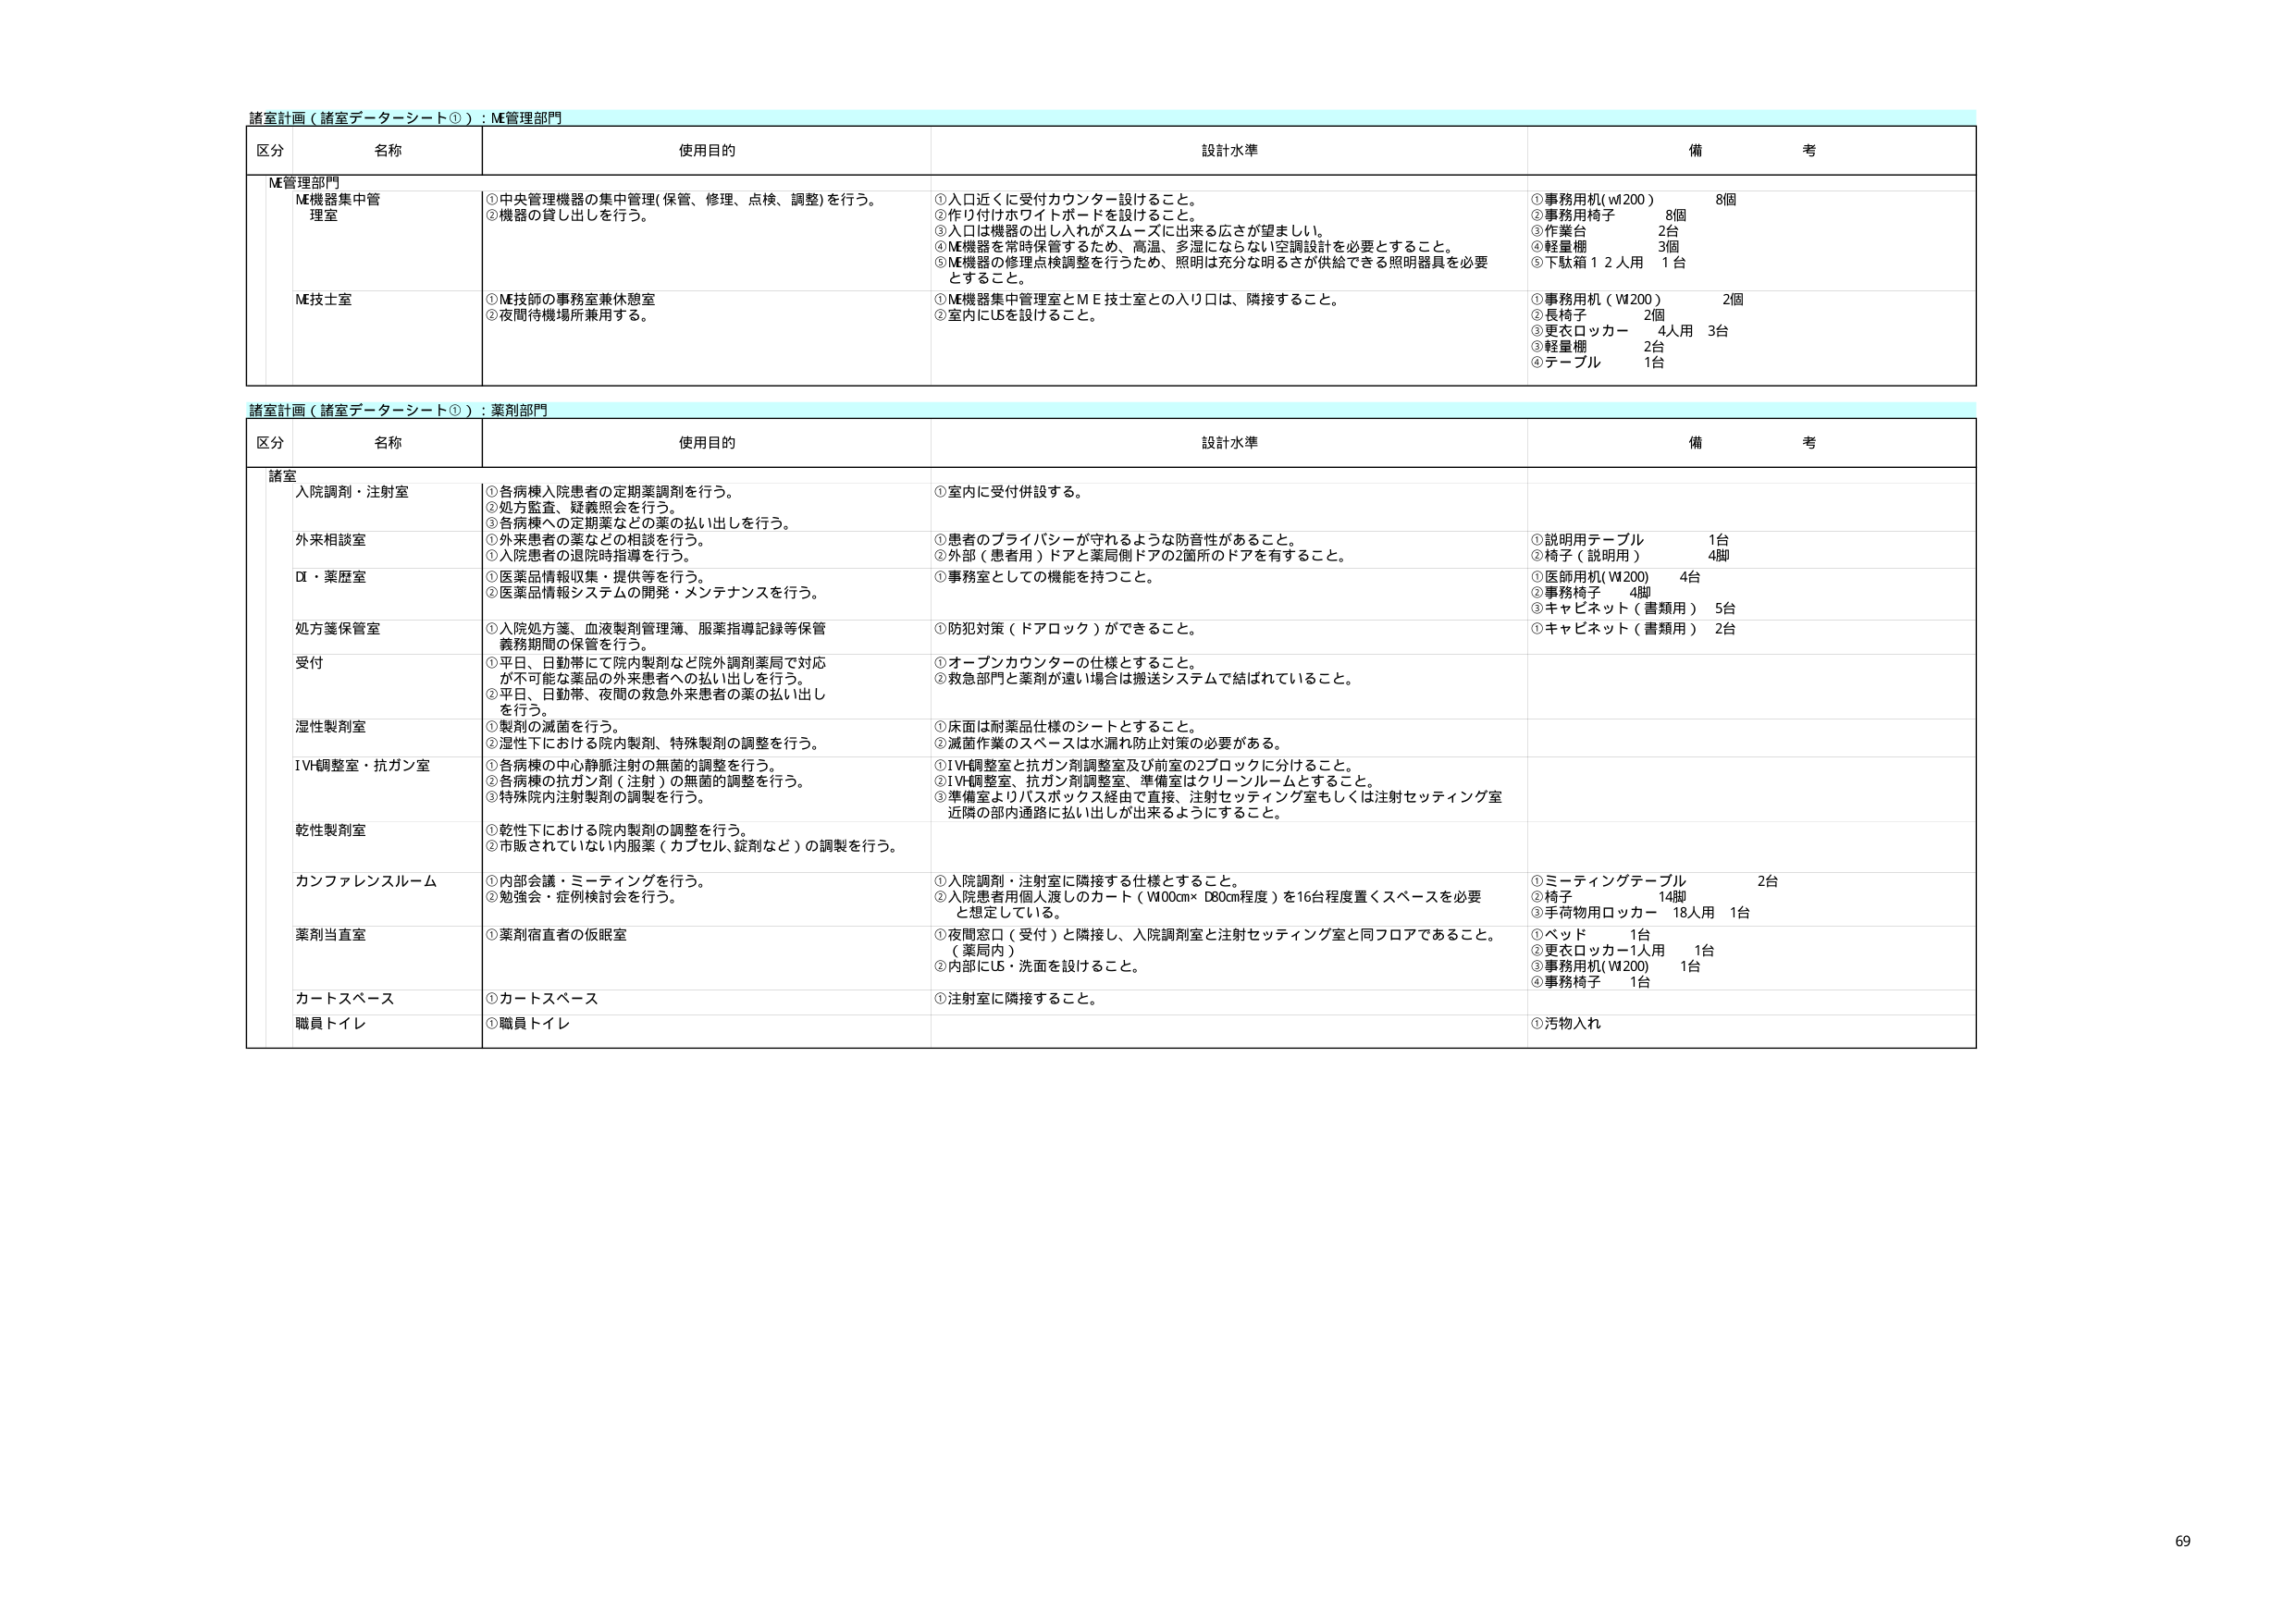
諸室計画（諸室データシート①）：ME管理部門
区分 名称 使用目的 設計水準 備考
ME管理部門
ME機器集中管理室 ①中央管理機器の集中管理（保管、修理、点検、調整）を行う。
②機器の貸し出しを行う。 ①入口近くに受付カウンター設けること。
②作り付けホワイトボードを設けること。
③入口は機器の出し入れがスムーズに出来る広さが望ましい。
④ME機器を常時保管するため、高温、多湿にならない空調設計を必要とすること。
⑤ME機器の修理点検調整を行うため、照明は充分な明るさが供給できる照明器具を必要とすること。 ①事務用机（W200） 8個
②事務用椅子 8個
③作業台 2台
④軽量棚 3個
⑤下駄箱12人用 1台
ME技士室 ①ME技師の事務室兼休憩室
②夜間待機場所兼用する。 ①ME機器集中管理室とME技士室との入り口は、隣接すること。
②室内にUBを設けること。 ①事務用机（W200） 2個
②長椅子 2個
③更衣ロッカー 4人用 3台
④軽量棚 2台
⑤テーブル 1台

諸室計画（諸室データシート①）：薬剤部門
区分 名称 使用目的 設計水準 備考
諸室
入院調剤・注射室 ①各病棟入院患者の定期薬調剤を行う。
②処方監査、疑義照会を行う。
③各病棟への定期薬などの薬の払い出しを行う。 ①室内に受付併設する。
外来相談室 ①外来患者の薬などの相談を行う。
②入院患者の退院時指導を行う。 ①患者のプライバシーが守れるような防音性があること。
②外部（患者用）ドアと薬局側ドアの2箇所のドアを有すること。 ①説明用テーブル 1台
②椅子（説明用） 4脚
DI・薬歴室 ①医薬品情報収集・提供等を行う。
②医薬品情報システムの開発・メンテナンスを行う。 ①事務室としての機能を持つこと。 ①医師用机（W200） 4台
②事務椅子 4脚
③キャビネット（書類用） 5台
処方箋保管室 ①入院処方箋、血液製剤管理簿、服薬指導記録等保管義務期間の保管を行う。 ①防犯対策（ドアロック）ができること。 ①キャビネット（書類用） 2台
受付 ①平日、日勤帯にて院内製剤など院外調剤薬局で対応が不可能な薬品の外来患者への払い出しを行う。
②平日、日勤帯、夜間の救急外来患者の薬の払い出しを行う。 ①オープンカウンターの仕様とすること。
②救急部門と薬剤が遠い場合は搬送システムで結ばれていること。
湿性製剤室 ①製剤の滅菌を行う。
②湿性下における院内製剤、特殊製剤の調整を行う。 ①床面は耐薬品仕様のシートとすること。
②滅菌作業のスペースは水漏れ防止対策の必要がある。
IVH調整室・抗ガン室 ①各病棟の中心静脈注射の無菌的調整を行う。
②各病棟の抗ガン剤（注射）の無菌的調整を行う。
③特殊院内注射製剤の調製を行う。 ①IVH調整室と抗ガン剤調整室及び前室の2ブロックに分けること。
②IVH調整室、抗ガン剤調整室、準備室はクリーンルームとすること。
③準備室よりバスボックス経由で直接、注射セッティング室もしくは注射セッティング室近隣の部内通路に払い出しが出来るようにすること。
乾性製剤室 ①乾性下における院内製剤の調整を行う。
②市販されていない内服薬（カプセル、錠剤など）の調製を行う。
カンファレンスルーム ①内部会議・ミーティングを行う。
②勉強会・症例検討会を行う。 ①入院調剤・注射室に隣接する仕様とすること。
②入院患者個人渡しのカート（W100cm×D80cm程度）を16台程度置くスペースを必要と想定している。 ①ミーティングテーブル 2台
②椅子 14脚
③手荷物用ロッカー 18人用 1台
薬剤当直室 ①薬剤宿直者の仮眠室 ①夜間窓口（受付）と隣接し、入院調剤室と注射セッティング室と同フロアであること。
②内部にUB・洗面を設けること。 ①ベッド 1台
②更衣ロッカー1人用 1台
③事務用机（W200） 1台
④事務椅子 1台
カートスペース ①カートスペース ①注射室に隣接すること。
職員トイレ ①職員トイレ ①汚物入れ

69